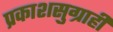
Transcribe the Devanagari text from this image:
प्रकाशसुग्राही